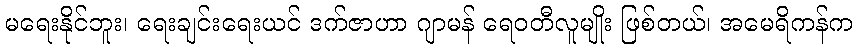
မရေးနိုင်ဘူး၊ ရေးချင်းရေးယင် ဒက်ဇာဟာ ဂျာမန် ရေဝတီလူမျိုး ဖြစ်တယ်၊ အမေရိကန်က